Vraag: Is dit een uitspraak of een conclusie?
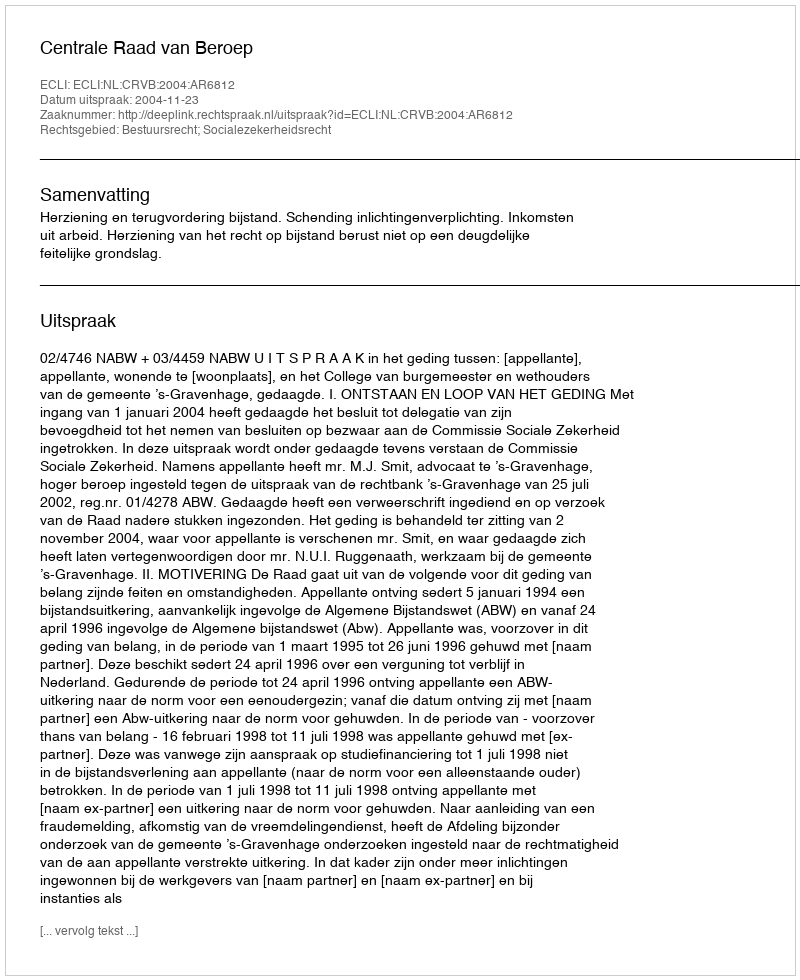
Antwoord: Uitspraak